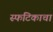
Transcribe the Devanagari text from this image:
स्फटिकाचा